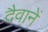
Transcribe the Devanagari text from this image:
दैवानें